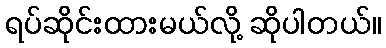
ရပ်ဆိုင်းထားမယ်လို့ ဆိုပါတယ်။